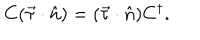
LaTeX: C ( \vec { \tau } \cdot \hat { n } ) = ( \vec { \tau } \cdot \hat { n } ) C ^ { \dagger } .